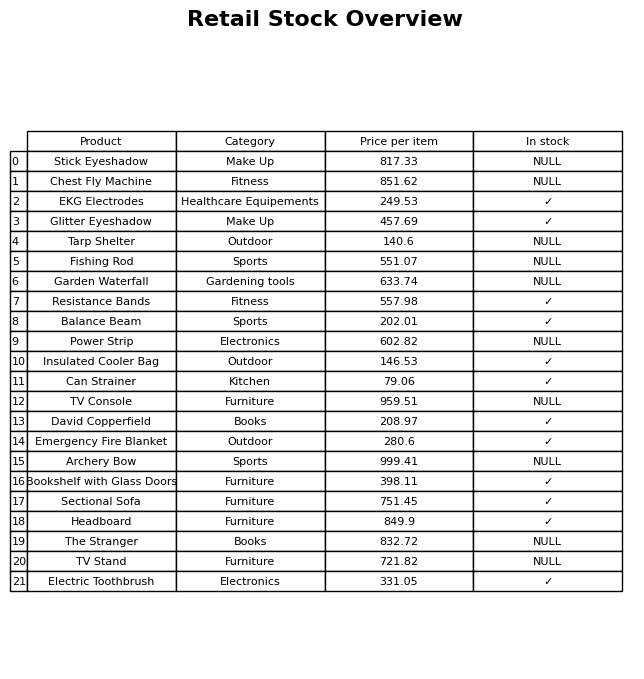
question: What is the price for Electric Toothbrush?
answer: The price of Electric Toothbrush is 331.05.